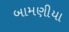
બામણીયા